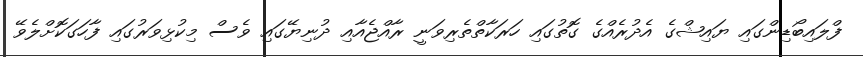
ފްލައިބޯޑިންގައި ޔައިޝްގެ އެދުރެއްގެ ގޮތުގައި ހަރަކާތްތެރިވަނީ ރާއްޖެއާއި ދުނިޔޭގައި ވެސް މިކުޅިވަރުގައި ފާހަގަކޮށްލެވޭ